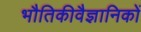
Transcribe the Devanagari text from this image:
भौतिकीवैज्ञानिकों